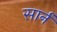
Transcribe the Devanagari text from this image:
सार्न